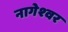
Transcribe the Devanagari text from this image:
नागेश्‍वर